Civil Veterinary Dept. Assam report 1927-50 - 1927-1950
Year: 1927
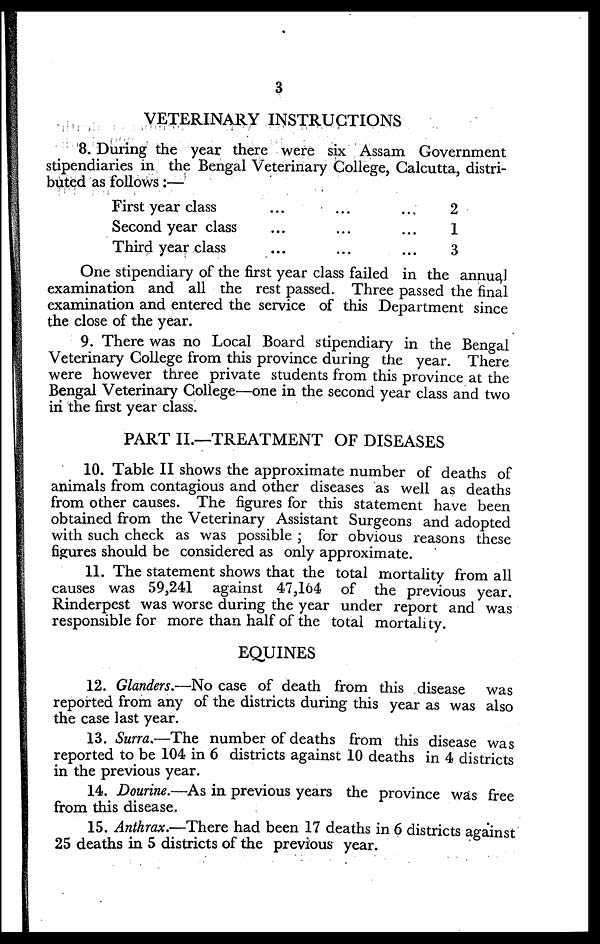
3
VETERINARY INSTRUCTIONS
8. During the year there were six Assam Government
stipendiaries in the Bengal Veterinary College, Calcutta, distri-
buted as follows :—
First year class ... ... ...
Second year class ... ... ...
Third year class ... ... ...
2
1
3
One stipendiary of the first year class failed in the annual
examination and all the rest passed. Three passed the final
examination and entered the service of this Department since
the close of the year.
9. There was no Local Board stipendiary in the Bengal
Veterinary College from this province during the year. There
were however three private students from this province at the
Bengal Veterinary College—one in the second year class and two
in the first year class.
PART II.—TREATMENT OF DISEASES
10. Table II shows the approximate number of deaths of
animals from contagious and other diseases as well as deaths
from other causes. The figures for this statement have been
obtained from the Veterinary Assistant Surgeons and adopted
with such check as was possible ; for obvious reasons these
figures should be considered as only approximate.
11. The statement shows that the total mortality from all
causes was 59,241 against 47,164 of the previous year.
Rinderpest was worse during the year under report and was
responsible for more than half of the total mortality.
EQUINES
12. Glanders.—No case of death from this disease
was
reported from any of the districts during this year as was also
the case last year.
13. Surra.-—The number of deaths from this disease was
reported to be 104 in 6 districts against 10 deaths in 4 districts
in the previous year.
14. Dourine.—As in previous years the province was free
from this disease.
15. Anthrax.—There had been 17 deaths in 6 districts against
25 deaths in 5 districts of the previous year.